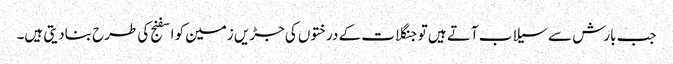
جب بارش سے سیلاب آتے ہیں تو جنگلات کے درختوں کی جڑیں زمین کو اسفنج کی طرح بنادیتی ہیں۔